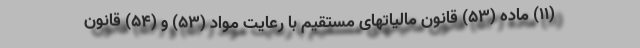
(۱۱) ماده (۵۳) قانون مالیاتهای مستقیم با رعایت مواد (۵۳) و (۵۴) قانون